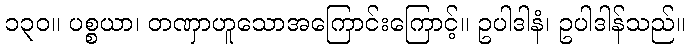
၁၃၀။ ပစ္စယာ၊ တဏှာဟူသောအကြောင်းကြောင့်။ ဥပါဒါနံ၊ ဥပါဒါန်သည်။